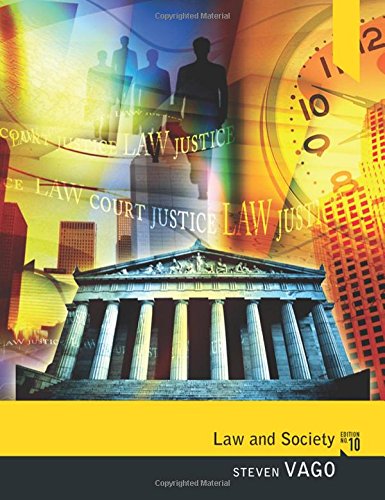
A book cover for Law and Society; Steven Vago; Law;